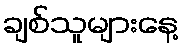
ချစ်သူများနေ့